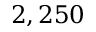
2 , 2 5 0